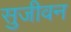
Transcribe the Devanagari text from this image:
सुजीवन